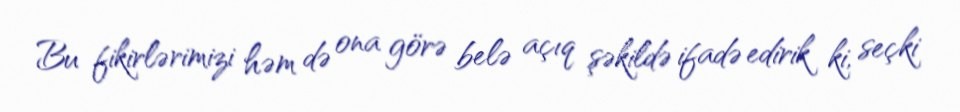
Bu fikirlərimizi həm də ona görə belə açıq şəkildə ifadə edirik ki, seçki